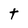
Character: t